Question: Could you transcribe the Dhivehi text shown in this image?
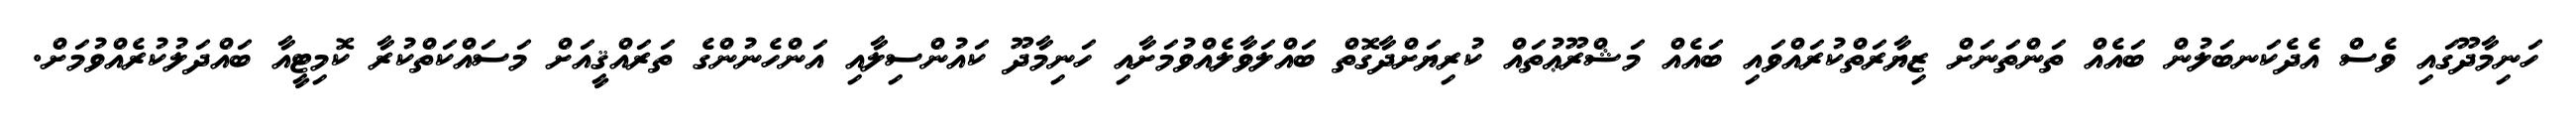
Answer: ހަނިމާދޫގައި ވެސް އެދެކަނބަލުން ބައެއް ތަންތަނަށް ޒިޔާރަތްކުރައްވައި ބައެއް މަޝްރޫޢުތައް ކުރިޔަށްދާގޮތް ބައްލަވާލެއްވުމަށާއި ހަނިމާދޫ ކައުންސިލާއި އަންހެނުންގެ ތަރައްޤީއަށް މަސައްކަތްކުރާ ކޮމިޓީއާ ބައްދަލުކުރެއްވުމަށް.